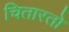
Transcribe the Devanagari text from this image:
चितारतो